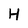
Character: H